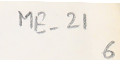
ME - 21 6